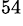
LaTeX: ^{54}